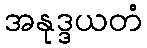
အနုဒ္ဒယတံ